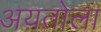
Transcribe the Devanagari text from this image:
अयतोला